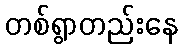
တစ်ရွာတည်းနေ